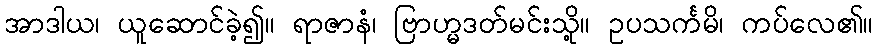
အာဒါယ၊ ယူဆောင်ခဲ့၍။ ရာဇာနံ၊ ဗြာဟ္မဒတ်မင်းသို့။ ဥပသင်္ကမိ၊ ကပ်လေ၏။